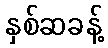
နှစ်ဆခန့်